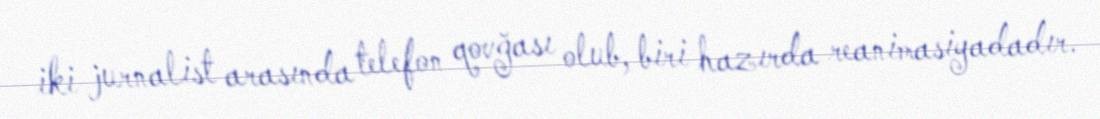
iki jurnalist arasında telefon qovğası olub, biri hazırda reanimasiyadadır.